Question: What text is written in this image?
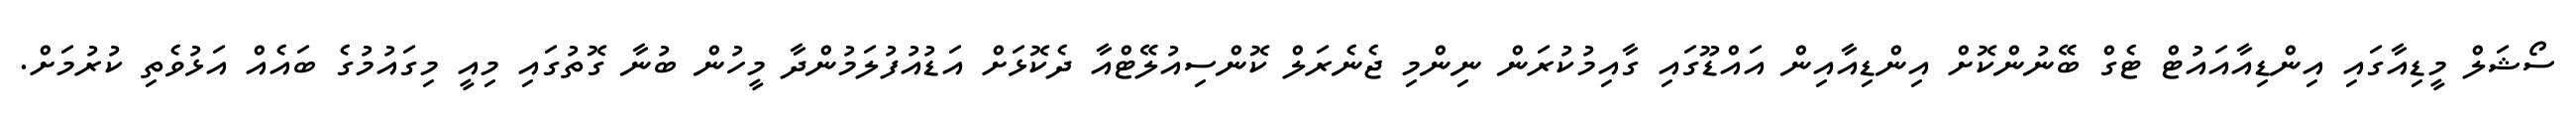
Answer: ސޯޝަލް މީޑިއާގައި އިންޑިއާއައުޓް ޓެގް ބޭނުންކޮށް އިންޑިއާއިން އައްޑޫގައި ގާއިމުކުރަން ނިންމި ޖެނެރަލް ކޮންސިއުލޭޓްއާ ދެކޮޅަށް އަޑުއުފުލަމުންދާ މީހުން ބުނާ ގޮތުގައި މިއީ މިގައުމުގެ ބައެއް އަޅުވެތި ކުރުމަށް.